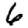
Digit: 6